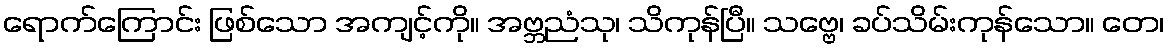
ရောက်ကြောင်း ဖြစ်သော အကျင့်ကို။ အဗ္ဘညံသု၊ သိကုန်ပြီ။ သဗ္ဗေ၊ ခပ်သိမ်းကုန်သော။ တေ၊